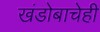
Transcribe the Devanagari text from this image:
खंडोबाचेही